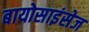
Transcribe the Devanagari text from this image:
बायोसाइंसेज